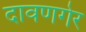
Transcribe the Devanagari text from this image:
दावणगेर